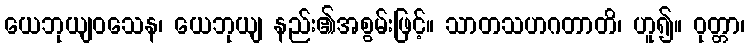
ယေဘုယျဝသေန၊ ယေဘုယျ နည်း၏အစွမ်းဖြင့်။ သာတသဟဂတာတိ၊ ဟူ၍။ ဝုတ္တာ၊